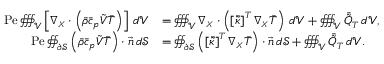
\begin{array} { r l } { \mathrm { P e } \oiiint _ { \mathcal { V } } \left[ \boldsymbol { \nabla _ { \scriptscriptstyle X } } \cdot \left( \Bar { \rho } \Bar { c } _ { p } \boldsymbol { \Tilde { V } } \Bar { T } \right) \right] \, d \mathcal { V } } & { = \oiiint _ { \mathcal { V } } \boldsymbol { \nabla _ { \scriptscriptstyle X } } \cdot \left( \left[ \boldsymbol { \Bar { \Tilde { \kappa } } } \right] ^ { T } \boldsymbol { \nabla _ { \scriptscriptstyle X } } \Bar { T } \right) \, d \mathcal { V } + \oiiint _ { \mathcal { V } } \Bar { \Tilde { Q } } _ { T } \, d \mathcal { V } , } \\ { \mathrm { P e } \oiint _ { \partial \mathcal { S } } \left( \Bar { \rho } \Bar { c } _ { p } \boldsymbol { \Tilde { V } } \Bar { T } \right) \cdot \vec { \boldsymbol { n } } \, d \mathcal { S } } & { = \oiint _ { \partial \mathcal { S } } \left( \left[ \boldsymbol { \Bar { \Tilde { \kappa } } } \right] ^ { T } \boldsymbol { \nabla _ { \scriptscriptstyle X } } \Bar { T } \right) \cdot \vec { \boldsymbol { n } } \, d \mathcal { S } + \oiiint _ { \mathcal { V } } \Bar { \Tilde { Q } } _ { T } \, d \mathcal { V } . } \end{array}